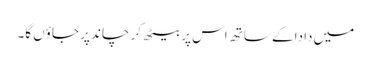
میں دادا کے ساتھ اس پر بیٹھ کر چاند پر جاؤں گا۔